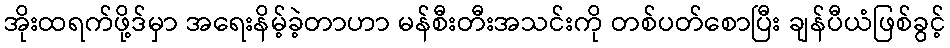
အိုးထရက်ဖို့ဒ်မှာ အရေးနိမ့်ခဲ့တာဟာ မန်စီးတီးအသင်းကို တစ်ပတ်စောပြီး ချန်ပီယံဖြစ်ခွင့်